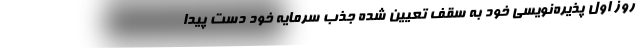
روز اول پذیره‌نویسی خود به سقف‌ تعیین شده جذب سرمایه خود دست پیدا